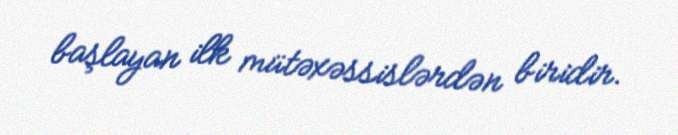
başlayan ilk mütəxəssislərdən biridir.